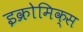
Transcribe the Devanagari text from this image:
इक्रोमिक्स